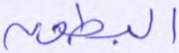
البطون